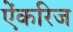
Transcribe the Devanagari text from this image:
ऐंकरिज